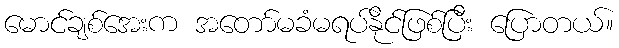
မောင်ချစ်အေးက အတော်မခံမရပ်နိုင်ဖြစ်ပြီး ပြောတယ်။